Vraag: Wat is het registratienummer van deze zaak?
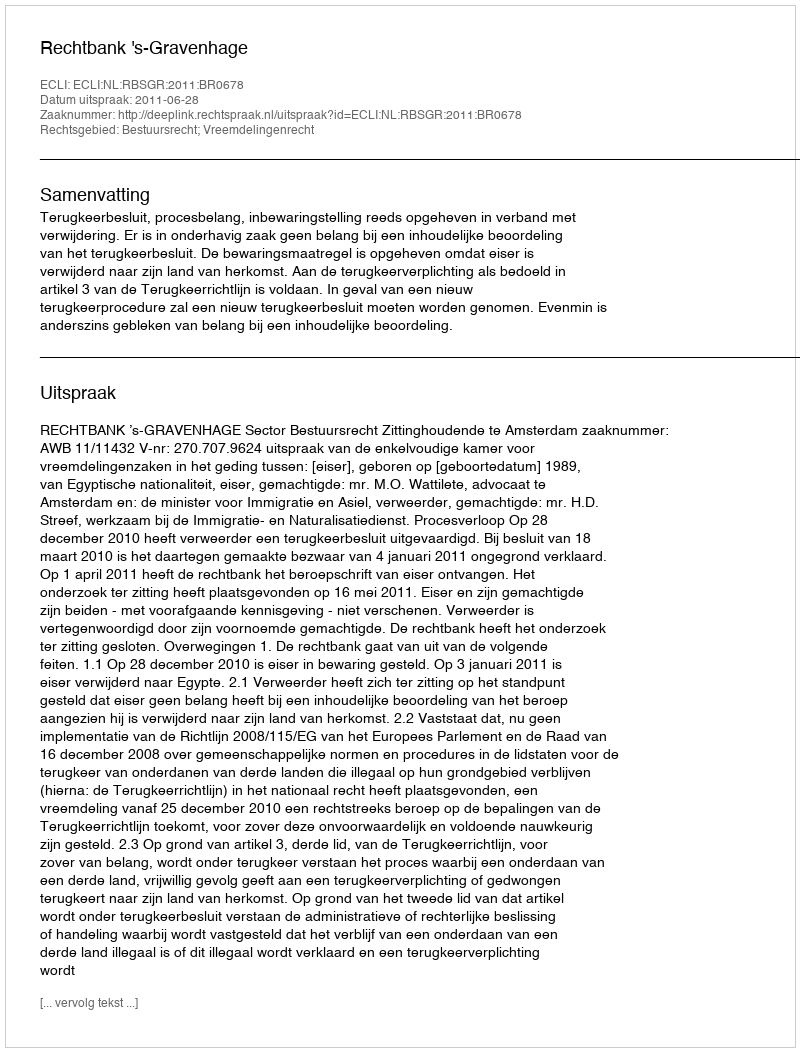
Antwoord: http://deeplink.rechtspraak.nl/uitspraak?id=ECLI:NL:RBSGR:2011:BR0678